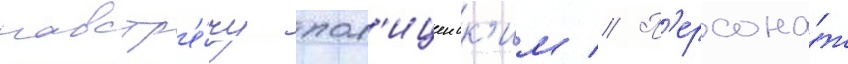
навстр'е́чу пол'ицеиск'им // П'ерсона́ж